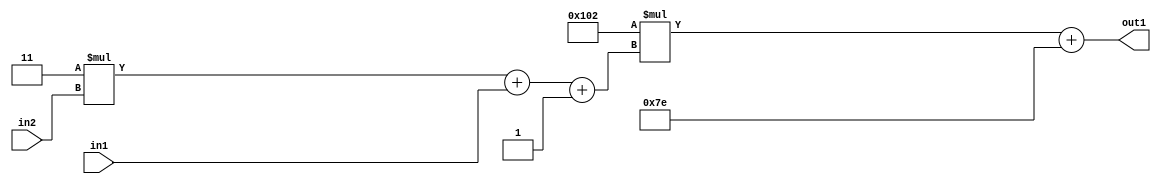
`timescale 1ps / 1ps
/*****************************************************************************
    Verilog RTL Description
    
    
    Created by: Stratus DpOpt 2019.1.01 
*******************************************************************************/

module DC_Filter_Add2i126Mul2i258Add3i1u1Mul2i3u2_4 (
	in2,
	in1,
	out1
	); /* architecture "behavioural" */ 
input [1:0] in2;
input  in1;
output [11:0] out1;
wire [11:0] asc001;
wire [3:0] asc002;

wire [3:0] asc002_tmp_0;
wire [3:0] asc002_tmp_1;
assign asc002_tmp_1 = 
	+(4'B0011 * in2);
assign asc002_tmp_0 = asc002_tmp_1
	+(in1);
assign asc002 = asc002_tmp_0
	+(4'B0001);

wire [11:0] asc001_tmp_2;
assign asc001_tmp_2 = 
	+(12'B000100000010 * asc002);
assign asc001 = asc001_tmp_2
	+(12'B000001111110);

assign out1 = asc001;
endmodule

/* CADENCE  vrP3Qgk= : u9/ySgnWtBlWxVPRXgAZ4Og= ** DO NOT EDIT THIS LINE ******/